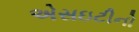
એસઇટીનો